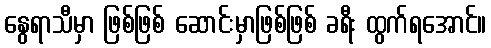
နွေရာသီမှာ ဖြစ်ဖြစ် ဆောင်းမှာဖြစ်ဖြစ် ခရီး ထွက်ရအောင်။